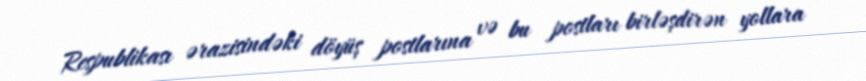
Respublikası ərazisindəki döyüş postlarına və bu postları birləşdirən yollara